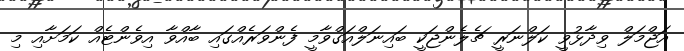
އަޖްމަލް ވިދާޅުވީ ކަލްނަރީ ޗެލެންޖަކީ ބައިނަލްއަގްވާމީ ފެންވަރެއްގައި ބާއްވާ އިވެންޓެއް ކަމަށާއި މި